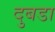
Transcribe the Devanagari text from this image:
दुबडा